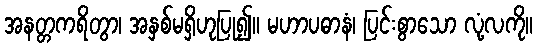
အနတ္တကရိတွာ၊ အနှစ်မရှိဟုပြု၍။ မဟာပဓာနံ၊ ပြင်းစွာသော လုံ့လကို။